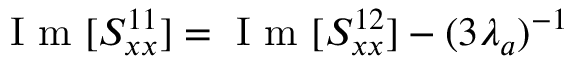
\mathrm { ~ I ~ m ~ } [ S _ { x x } ^ { 1 1 } ] = \mathrm { ~ I ~ m ~ } [ S _ { x x } ^ { 1 2 } ] - ( 3 \lambda _ { a } ) ^ { - 1 }